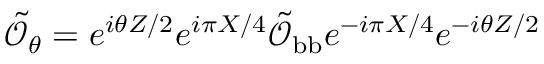
\tilde { \mathcal { O } } _ { \theta } = e ^ { i \theta Z / 2 } e ^ { i \pi X / 4 } \tilde { \mathcal { O } } _ { \mathrm { b b } } e ^ { - i \pi X / 4 } e ^ { - i \theta Z / 2 }